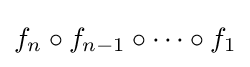
f_{n}\circ f_{n-1}\circ \cdots \circ f_{1}